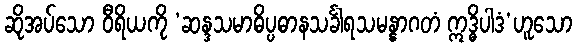
ဆိုအပ်သော ဝီရိယကို ‘ဆန္ဒသမာဓိပ္ပဓာနသင်္ခါရသမန္နာဂတံ ဣဒ္ဓိပါဒံ’ဟူသော